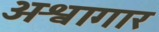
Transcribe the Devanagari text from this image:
अश्वागार